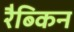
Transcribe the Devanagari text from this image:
रैब्किन